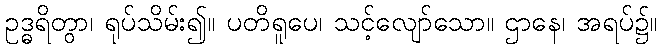
ဥဒ္ဓရိတွာ၊ ရုပ်သိမ်း၍။ ပတိရူပေ၊ သင့်လျော်သော။ ဌာနေ၊ အရပ်၌။